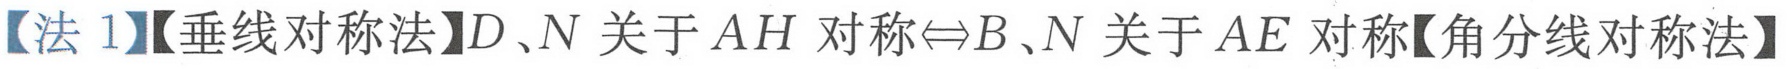
【法 1】【垂线对称法】$D、N$关于$AH$对称$\Leftrightarrow B、N$关于$AE$对称【角分线对称法】